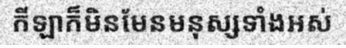
កីឡាក៏មិនមែនមនុស្សទាំងអស់